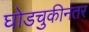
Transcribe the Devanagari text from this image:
घोडचुकीनंतर